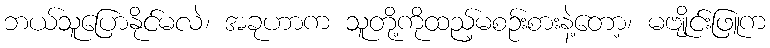
ဘယ်သူပြောနိုင်မလဲ၊ အခုဟာက သူတို့ကိုထည့်မစဉ်းစားနဲ့တော့၊ မဗျိုင်းဖြူက